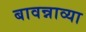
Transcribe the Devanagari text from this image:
बावन्नाव्या